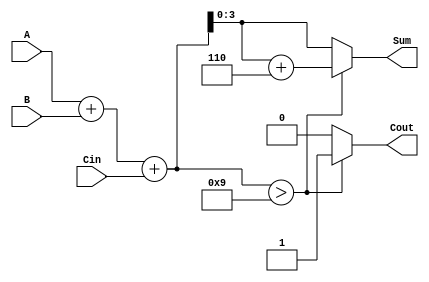
module BCD_Asynchronous_Adder (
    input [3:0] A,     // First BCD digit
    input [3:0] B,     // Second BCD digit
    input Cin,         // Input carry
    output reg [3:0] Sum, // BCD sum
    output reg Cout         // Output carry
);

    // Internal signal for preliminary sum
    reg [4:0] preliminary_sum; // 5 bits to accommodate potential overflow

    always @(*) begin
        // Step 1: Preliminary addition of A, B, and Cin
        preliminary_sum = A + B + Cin;

        // Step 2: Check for BCD correction
        if (preliminary_sum > 9) begin
            Sum = preliminary_sum + 6; // Add 6 for BCD correction
            Cout = 1;                  // Generate carry
        end else begin
            Sum = preliminary_sum[3:0]; // Take lower 4 bits as valid BCD
            Cout = 0;                   // No carry generated
        end
    end

endmodule